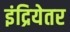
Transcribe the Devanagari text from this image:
इंद्रियेतर